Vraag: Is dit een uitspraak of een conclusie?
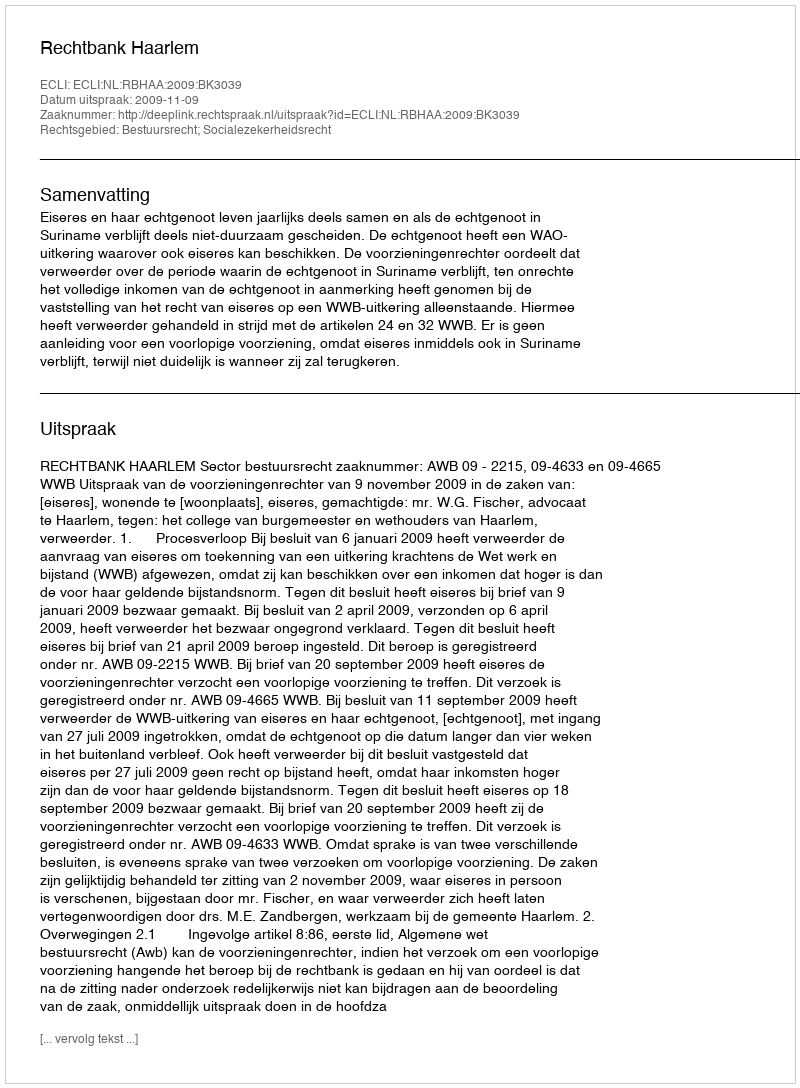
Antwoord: Uitspraak